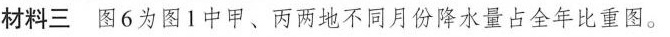
材料三图6为图1中甲、丙两地不同月份降水量占全年比重图。